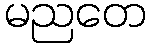
မညတေ